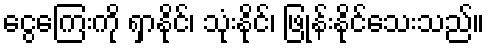
ငွေကြေးကို ရှာနိုင်၊ သုံးနိုင်၊ ဖြုန်းနိုင်သေးသည်။